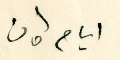
ايام كان